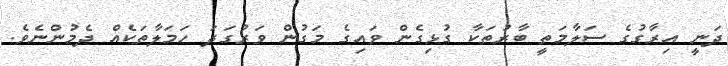
ދަނީ އިރާގުގެ ސަލާމަތީ ބާރުތަކާ ގުޅިގެން ވައިގެ މަގުން ވަރުގަދަ ހަމަލާތަކެއް ދެމުންނެވެ.